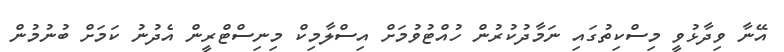
އޭނާ ވިދާޅުވީ މިސްކިތުގައި ނަމާދުކުރުން ހުއްޓުވުމަށް އިސްލާމިކް މިނިސްޓްރީން އެދުނު ކަމަށް ބުނުމުން